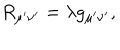
LaTeX: R _ { \mu ^ { \prime } \nu ^ { \prime } } = \lambda g _ { \mu ^ { \prime } \nu ^ { \prime } } ,